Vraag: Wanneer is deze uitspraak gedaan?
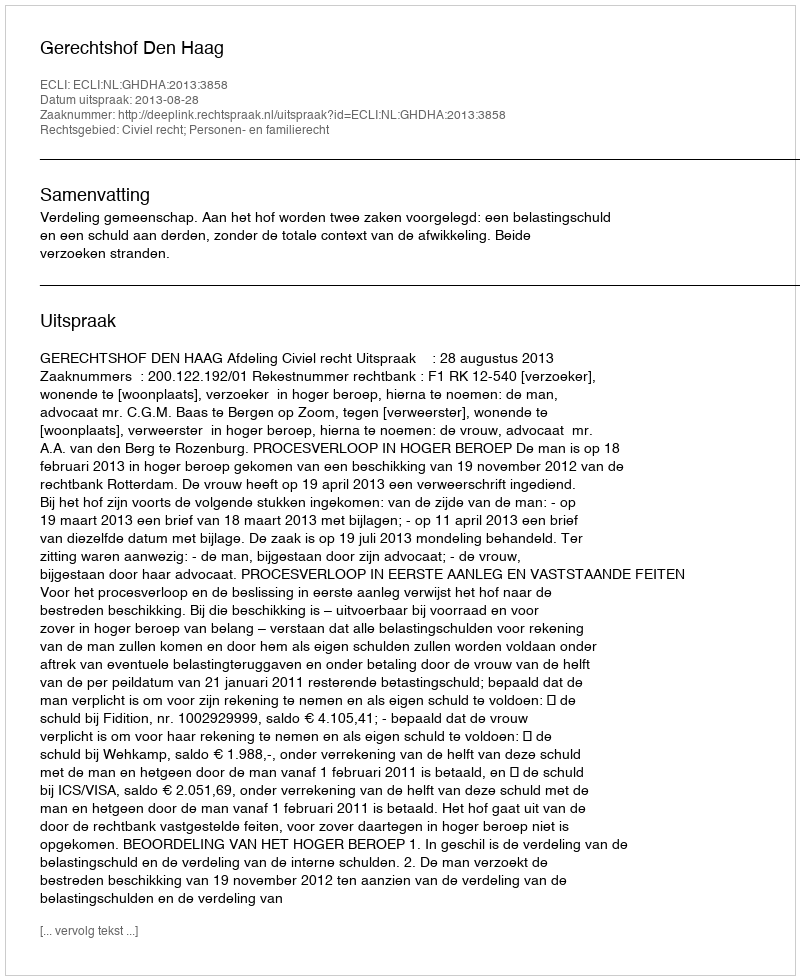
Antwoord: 2013-08-28